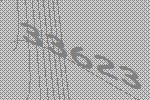
33623